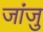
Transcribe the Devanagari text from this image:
जांजु